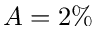
A = 2 \%